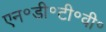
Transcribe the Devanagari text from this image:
एन॰डी॰टी॰वी॰